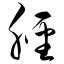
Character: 胫